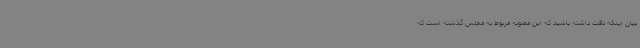
بیان اینکه دقت داشته باشید که این مصوبه مربوط به مجلس گذشته است که